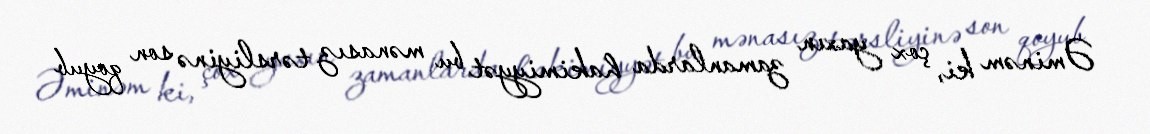
Əminəm ki, çox yaxın zamanlarda hakimiyyət bu mənasız tərsliyinə son qoyub